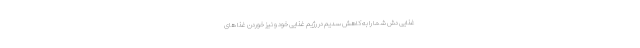
غذایی دش شما را به کاهش سدیم در رژیم غذایی خود و نیز خوردن غذا های